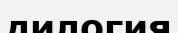
дилогия